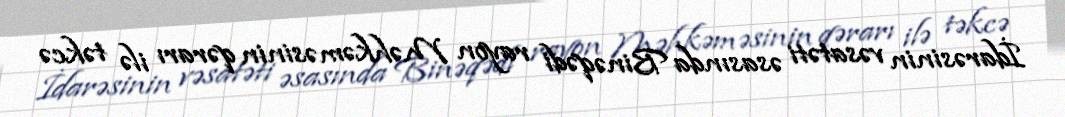
İdarəsinin vəsatəti əsasında Binəqədi rayon Məhkəməsinin qərarı ilə təkcə